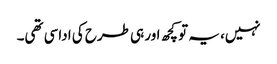
نہیں، یہ تو کچھ اور ہی طرح کی اداسی تھی۔